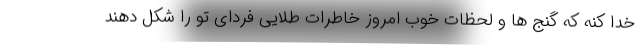
خدا کنه که گنج ها و لحظات خوب امروز خاطرات طلایی فردای تو را شکل دهند